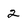
Character: 2